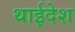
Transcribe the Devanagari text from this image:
थाईदेश